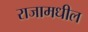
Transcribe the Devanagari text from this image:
राजामधील